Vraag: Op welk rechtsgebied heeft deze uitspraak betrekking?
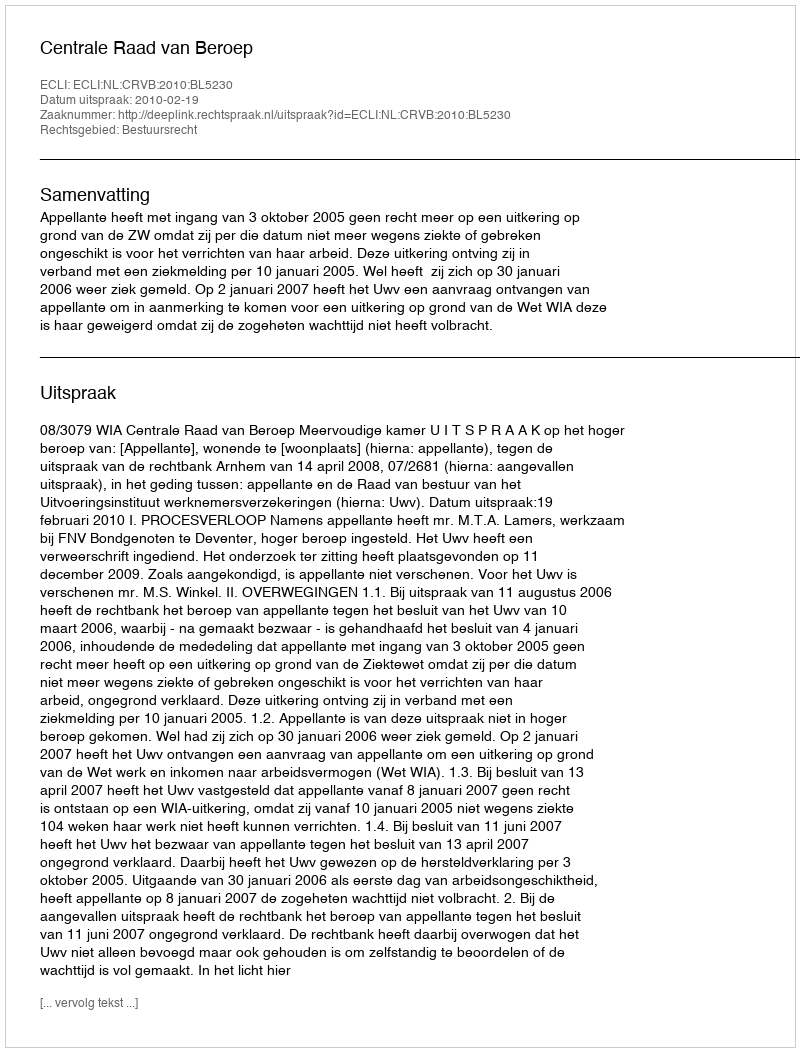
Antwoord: Bestuursrecht